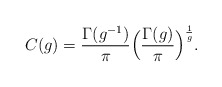
\begin{align*}C(g)=\frac{\Gamma(g^{-1})}{\pi}\Big(\frac{\Gamma(g)}{\pi}\Big)^{\frac{1}{g}}.\end{align*}